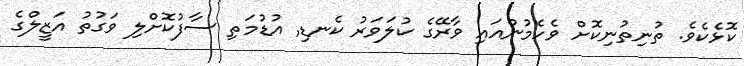
ކޮޅެކެވެ. ތުނިތުނިކޮށް ވެހެމުންއައި ވާރޭގެ ކުލަވަރު ކެނޑި